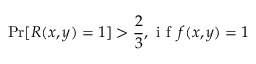
\operatorname* { P r } [ R ( x , y ) = 1 ] > { \frac { 2 } { 3 } } , { \textrm { i f } } \, f ( x , y ) = 1